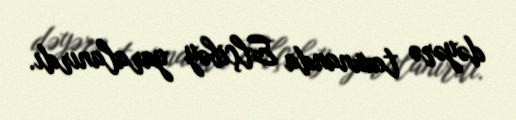
dəyərə toxunanda Elçibəy yaralanırdı.